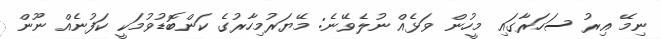
ނިމޭ އިރު ސަހަރާގައި މީހުން ވަޅެއް ނުލެވޭނެ: މޭޔަރުމިހާރުގެ ކަންބޮޑުވުމަކީ ކަފުނެއް ނޫން